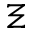
\Xi